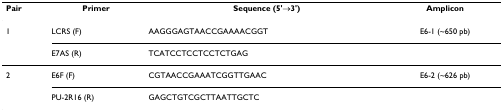
<table><thead><tr><td><b>Pair</b></td><td><b>Primer</b></td><td><b>Sequence (5&#x27;→3&#x27;)</b></td><td><b>Amplicon</b></td></tr></thead><tbody><tr><td>1</td><td>LCRS (F)</td><td>AAGGGAGTAACCGAAAACGGT</td><td>E6-1 (~650 pb)</td></tr><tr><td></td><td>E7AS (R)</td><td>TCATCCTCCTCCTCTGAG</td><td></td></tr><tr><td>2</td><td>E6F (F)</td><td>CGTAACCGAAATCGGTTGAAC</td><td>E6-2 (~626 pb)</td></tr><tr><td></td><td>PU-2R16 (R)</td><td>GAGCTGTCGCTTAATTGCTC</td><td></td></tr></tbody></table>